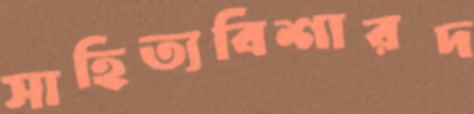
সাহিত্যবিশারদ